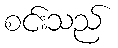
စင်းသည်